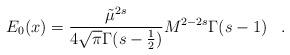
LaTeX: \begin{align*}E_0(x)=\frac{\tilde \mu^{2s}}{4\sqrt{\pi}\Gamma(s-\frac 1 2)} M^{2-2s}\Gamma (s-1) \, \ \ .\end{align*}